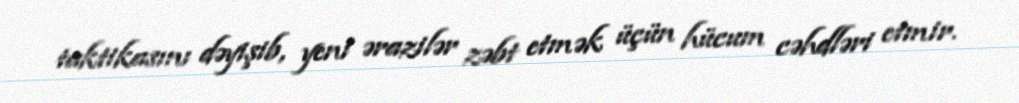
taktikasını dəyişib, yeni ərazilər zəbt etmək üçün hücum cəhdləri etmir.